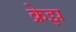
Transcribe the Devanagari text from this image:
क्रेझ